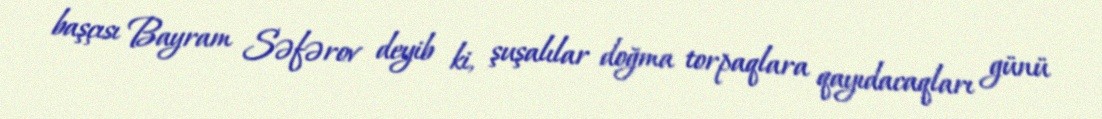
başçısı Bayram Səfərov deyib ki, şuşalılar doğma torpaqlara qayıdacaqları günü